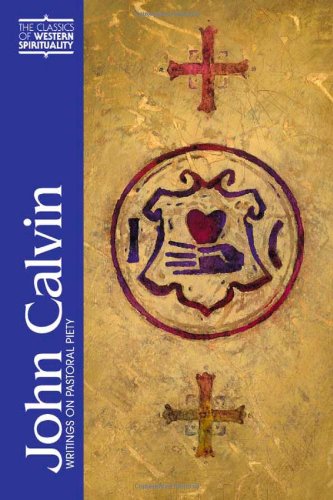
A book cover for John Calvin: Writings on Pastoral Piety (Classics of Western Spirituality); John Calvin; Christian Books & Bibles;